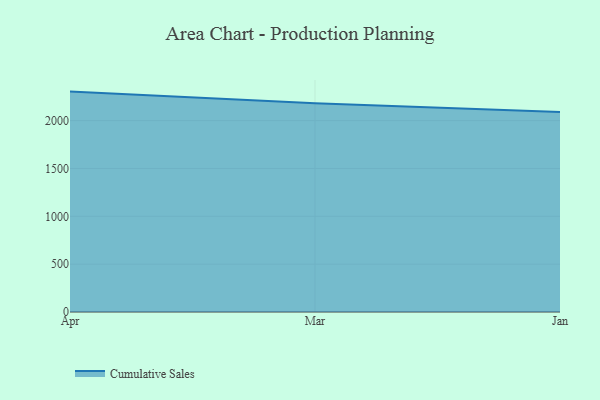
{"axis": {"x": "Month", "y": "Churn Rate (%)"}, "legend": ["Cumulative Sales"], "data": [{"x": "Apr", "y": 2303.3, "type": "Cumulative Sales"}, {"x": "Mar", "y": 2180.4, "type": "Cumulative Sales"}, {"x": "Jan", "y": 2090.9, "type": "Cumulative Sales"}]}